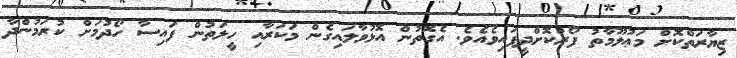
ޒިޔާރަތްކޮށް މަޢުލޫމާތު ފޯރުކޮށްދީފައިވެއެވެ. އެގޮތުން އޮޅުވާލައިގެން މަކަރާއި ހީލަތުން ފައިސާ ހޯދުމަށް ކުރަމުންދާ